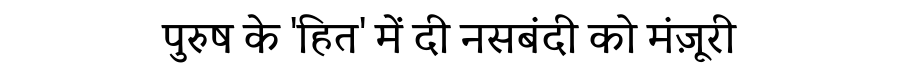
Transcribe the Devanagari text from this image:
पुरुष के 'हित' में दी नसबंदी को मंज़ूरी